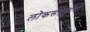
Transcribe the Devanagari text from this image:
लोकसंग्रहार्थ